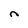
Character: n